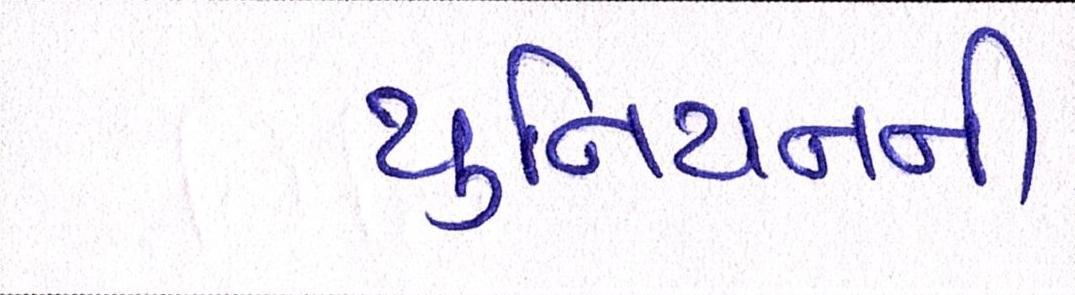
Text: યુનિયનની